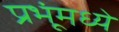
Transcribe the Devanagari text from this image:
प्रभूंमध्ये